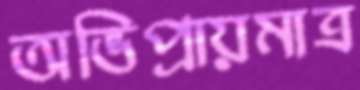
অভিপ্রায়মাত্র